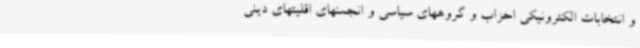
و انتخابات الکترونیکی احزاب و گروههای سیاسی و انجمنهای اقلیتهای دینی